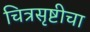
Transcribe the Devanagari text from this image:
चित्रसृष्टीचा